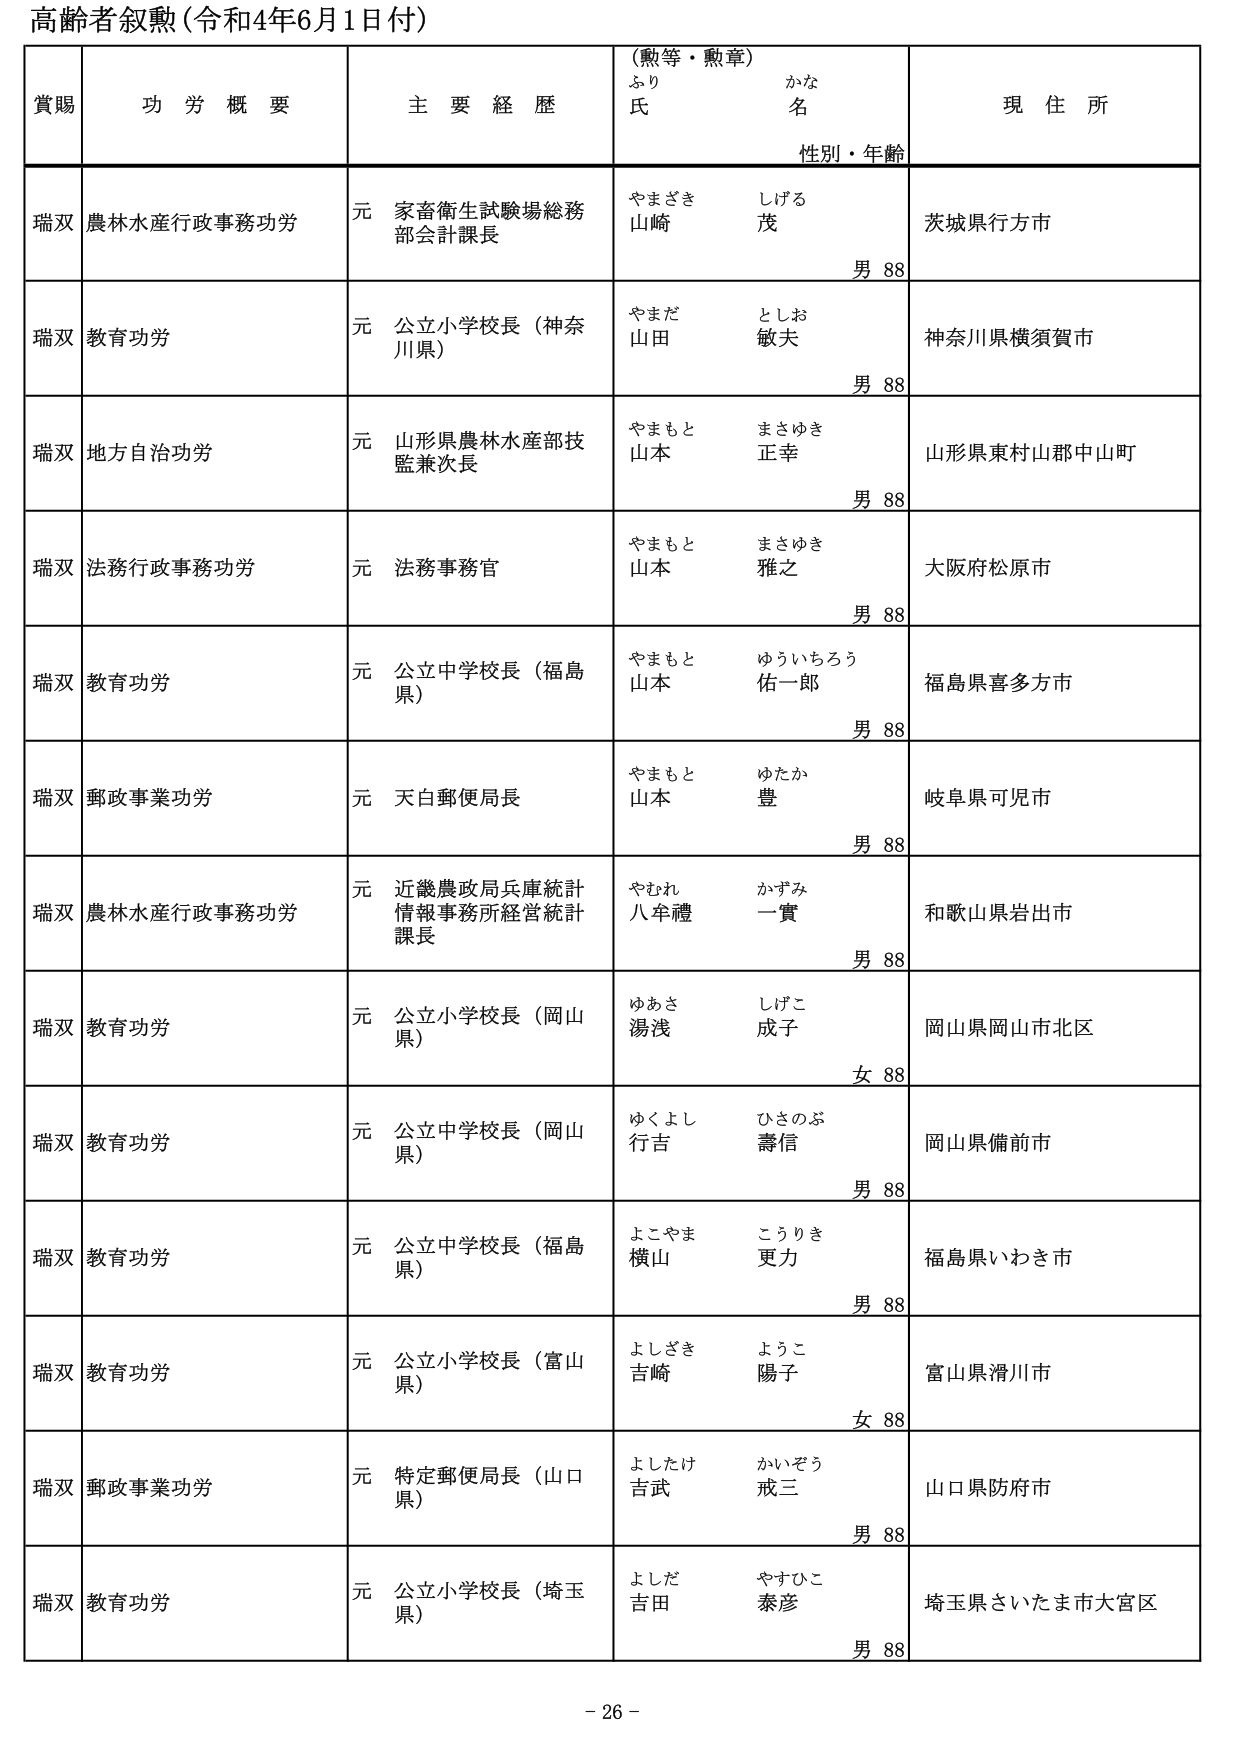
高齢者叙勲（令和4年6月1日付）

賞賜　功労概要　主要経歴　（勲等・勲章）　現住所
　　　　　　　　　　　ふりがな　氏名　性別・年齢

瑞双　農林水産行政事務功労　元 家畜衛生試験場総務部会計課長　やまざき　しげる　山崎　茂　男 88　茨城県行方市

瑞双　教育功労　元 公立小学校長（神奈川県）　やまだ　としお　山田　敏夫　男 88　神奈川県横須賀市

瑞双　地方自治功労　元 山形県農林水産部技監兼次長　やまもと　まさゆき　山本　正幸　男 88　山形県東村山郡中山町

瑞双　法務行政事務功労　元 法務事務官　やまもと　まさゆき　山本　雅之　男 88　大阪府松原市

瑞双　教育功労　元 公立中学校長（福島県）　やまもと　ゆういちろう　山本　佑一郎　男 88　福島県喜多方市

瑞双　郵政事業功労　元 天白郵便局長　やまもと　ゆたか　山本　豊　男 88　岐阜県可児市

瑞双　農林水産行政事務功労　元 近畿農政局兵庫統計情報事務所経営統計課長　やむれ　かずみ　八牟禮　一實　男 88　和歌山県岩出市

瑞双　教育功労　元 公立小学校長（岡山県）　ゆあさ　しげこ　湯浅　成子　女 88　岡山県岡山市北区

瑞双　教育功労　元 公立中学校長（岡山県）　ゆくよし　ひさのぶ　行吉　壽信　男 88　岡山県備前市

瑞双　教育功労　元 公立中学校長（福島県）　よこやま　こうりき　横山　更力　男 88　福島県いわき市

瑞双　教育功労　元 公立小学校長（富山県）　よしざき　ようこ　吉崎　陽子　女 88　富山県滑川市

瑞双　郵政事業功労　元 特定郵便局長（山口県）　よしたけ　かいぞう　吉武　戒三　男 88　山口県防府市

瑞双　教育功労　元 公立小学校長（埼玉県）　よしだ　やすひこ　吉田　泰彦　男 88　埼玉県さいたま市大宮区

- 26 -